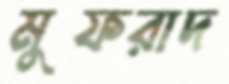
মুফরাদ